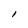
Character: I